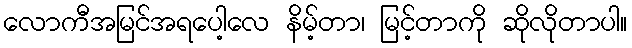
လောကီအမြင်အရပေါ့လေ နိမ့်တာ၊ မြင့်တာကို ဆိုလိုတာပါ။